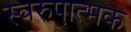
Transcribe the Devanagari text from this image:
स्वरुपात्मक